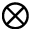
\otimes